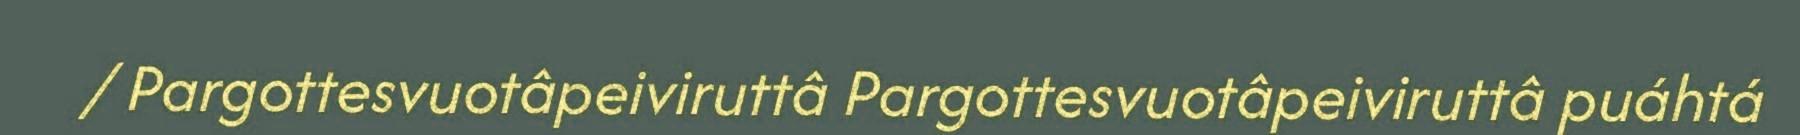
/ Pargottesvuotâpeiviruttâ Pargottesvuotâpeiviruttâ puáhtá